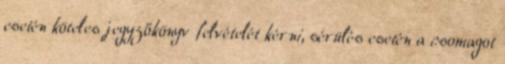
esetén köteles jegyzőkönyv felvételét kérni, sérülés esetén a csomagot